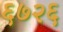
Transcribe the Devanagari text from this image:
६७२६